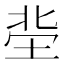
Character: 𡋭